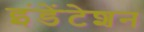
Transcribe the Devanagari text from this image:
इंडेंटेशन